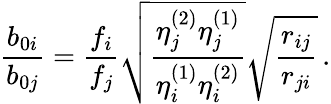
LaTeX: \frac{b_{0i}}{b_{0j}}=\frac{f_{i}}{f_{j}}\sqrt{\frac{\eta_{j}^{(2)}\eta_{j}^{(1)}}{\eta_{i}^{(1)}\eta_{i}^{(2)}}}\sqrt{\frac{r_{ij}}{r_{ji}}}\, .